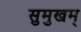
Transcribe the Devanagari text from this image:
सुमुखम्